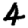
Digit: 4